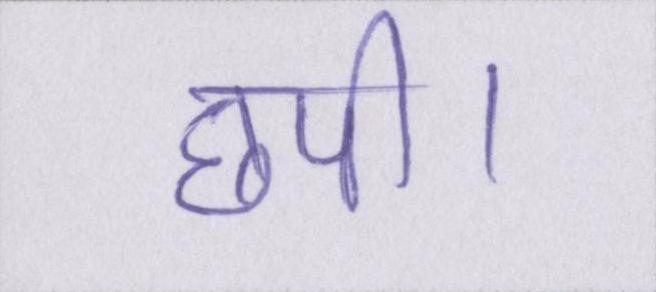
छपी।